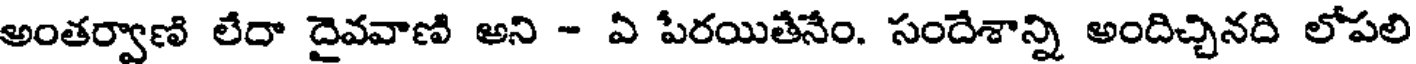
అంతర్వాణి లేదా దైవవాణి అని - ఏ పేరయితేనేం. సందేశాన్ని అందిచ్చినది లోపలి